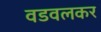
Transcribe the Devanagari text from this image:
वडवलकर